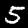
Digit: 5